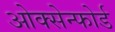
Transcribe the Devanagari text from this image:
ओक्सेन्फोर्ड